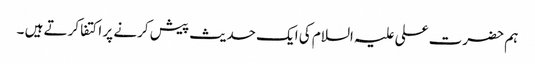
ہم حضرت علی علیہ السلام کی ایک حدیث پیش کرنے پر اکتفا کرتے ہیں ۔